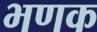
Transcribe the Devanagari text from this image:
भणक